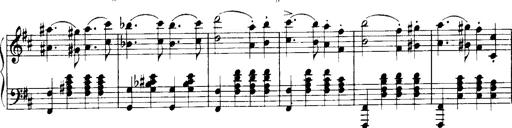
Title: Historische ungarische Bildnisse
Composer: Franz Liszt